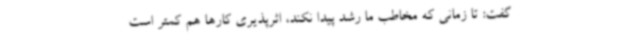
گفت: تا زمانی که مخاطب ما رشد پیدا نکند، اثرپذیری کارها هم کمتر است